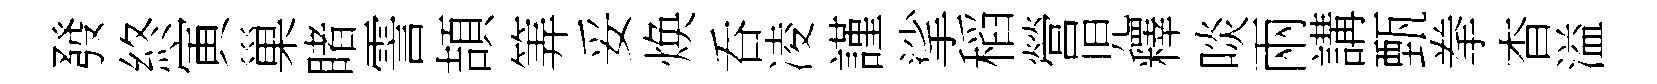
發終寅巢睹霅頡筭妥焕呑凌謹挲稻營児釋啖兩講甄拳杳溢